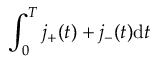
\int _ { 0 } ^ { T } j _ { + } ( t ) + j _ { - } ( t ) \mathrm { d } t